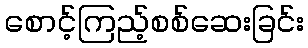
စောင့်ကြည့်စစ်ဆေးခြင်း